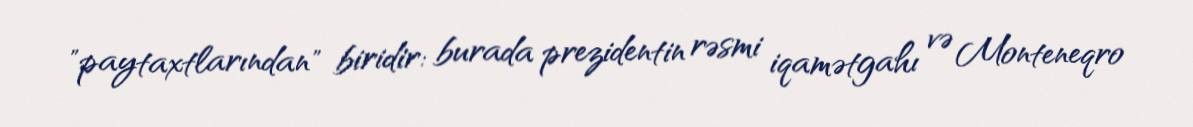
"paytaxtlarından" biridir: burada prezidentin rəsmi iqamətgahı və Monteneqro